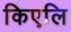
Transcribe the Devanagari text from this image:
किएलि